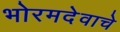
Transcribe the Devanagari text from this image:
भोरमदेवाचे